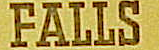
FALLS